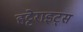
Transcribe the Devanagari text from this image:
हट्टेराइट्स